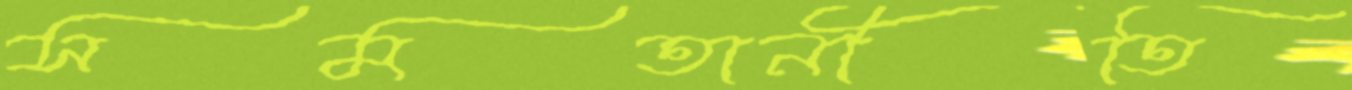
সমতানীতি